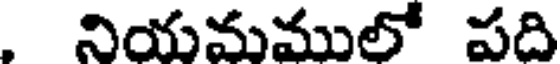
, నియమములో పది